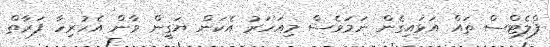
ފްލެޓްސް ތައް އަޅައިގެން ނަމަވެސް މިއަހަރު އެކަން ޔަގީން ވާން އެހުރިހާ ފަރާތް